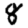
Digit: 8